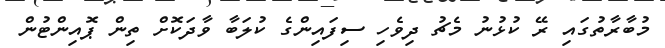
މުބާރާތުގައި ރޭ ކުޅުނު މެޗު ދިވެހި ސިފައިންގެ ކުލަބާ ވާދަކޮށް ތިން ޕޮއިންޓުން